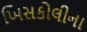
ખિસકોલીના